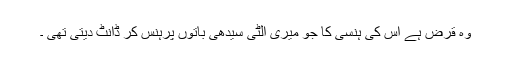
وہ قرض ہے اس کی ہنسی کا جو میری الٹی سیدھی باتوں پرہنس کر ڈانٹ دیتی تھی ۔